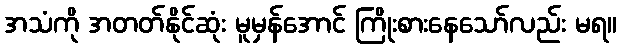
အသံကို အတတ်နိုင်ဆုံး မူမှန်အောင် ကြိုးစားနေသော်လည်း မရ။